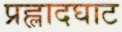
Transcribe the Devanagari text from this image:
प्रह्लादघाट